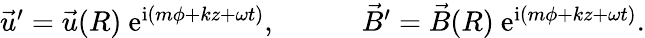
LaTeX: \begin{array}{r}{{\vec{u}}^{\prime}={\vec{u}}(R)\ \mathrm{e}^{\mathrm{i}(m\phi+kz+\omega t)},\ \ \ \ \ \ \ \ \ \ \ \ {\vec{B}}^{\prime}={\vec{B}}(R)\ \mathrm{e}^{\mathrm{i}(m\phi+kz+\omega t)}.}\end{array}